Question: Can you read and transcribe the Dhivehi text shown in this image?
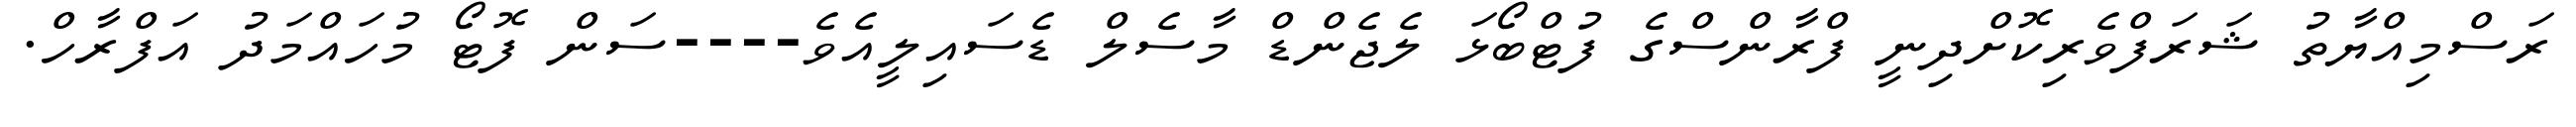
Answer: ރަސްމިއްޔާތު ޝަރަފްވެރިކޮށްދިނީ ފްރާންސްގެ ފުޓްބޯޅަ ލެޖެންޑް މާސެލް ޑެސައިލީއެވެ----ސަން ފޮޓޯ މުހައްމަދު އަފްރާހް.